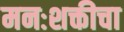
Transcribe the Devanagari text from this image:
मनःशक्तीचा